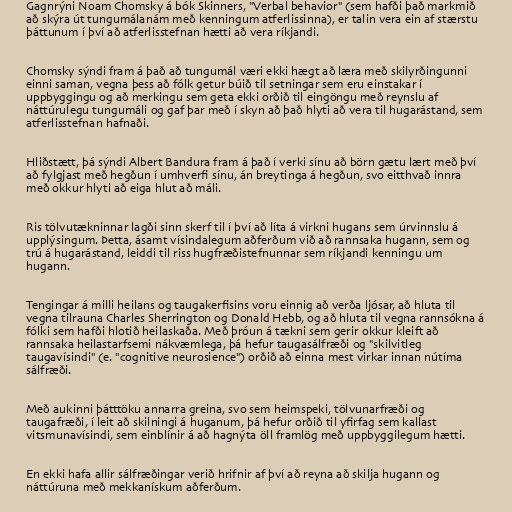
Gagnrýni Noam Chomsky á bók Skinners, "Verbal behavior" (sem hafði það markmið
að skýra út tungumálanám með kenningum atferlissinna), er talin vera ein af stærstu
þáttunum í því að atferlisstefnan hætti að vera ríkjandi.

Chomsky sýndi fram á það að tungumál væri ekki hægt að læra með skilyrðingunni
einni saman, vegna þess að fólk getur búið til setningar sem eru einstakar í
uppbyggingu og að merkingu sem geta ekki orðið til eingöngu með reynslu af
náttúrulegu tungumáli og gaf þar með í skyn að það hlyti að vera til hugarástand, sem
atferlisstefnan hafnaði.

Hliðstætt, þá sýndi Albert Bandura fram á það í verki sínu að börn gætu lært með því
að fylgjast með hegðun í umhverfi sínu, án breytinga á hegðun, svo eitthvað innra
með okkur hlyti að eiga hlut að máli.

Ris tölvutækninnar lagði sinn skerf til í því að líta á virkni hugans sem úrvinnslu á
upplýsingum. Þetta, ásamt vísindalegum aðferðum við að rannsaka hugann, sem og
trú á hugarástand, leiddi til riss hugfræðistefnunnar sem ríkjandi kenningu um
hugann.

Tengingar á milli heilans og taugakerfisins voru einnig að verða ljósar, að hluta til
vegna tilrauna Charles Sherrington og Donald Hebb, og að hluta til vegna rannsókna á
fólki sem hafði hlotið heilaskaða. Með þróun á tækni sem gerir okkur kleift að
rannsaka heilastarfsemi nákvæmlega, þá hefur taugasálfræði og "skilvitleg
taugavísindi" (e. "cognitive neurosience") orðið að einna mest virkar innan nútíma
sálfræði.

Með aukinni þátttöku annarra greina, svo sem heimspeki, tölvunarfræði og
taugafræði, í leit að skilningi á huganum, þá hefur orðið til yfirfag sem kallast
vitsmunavísindi, sem einblínir á að hagnýta öll framlög með uppbyggilegum hætti.

En ekki hafa allir sálfræðingar verið hrifnir af því að reyna að skilja hugann og
náttúruna með mekkanískum aðferðum.